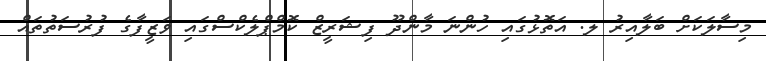
މިސާލަކަށް ބަލާއިރު ލ. އަތޮޅުގައި ހުންނަ މާންދޫ ފިޝަރީޒް ކޮމްޕްލެކްސްގައި ވަޒީފާގެ ފުރުސަތުތައް